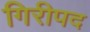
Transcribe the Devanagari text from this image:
गिरीपद